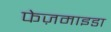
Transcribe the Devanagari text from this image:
फेज़माइडा